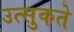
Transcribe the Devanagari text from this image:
उत्सुकते